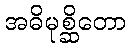
အဓိမုစ္ဆိတော